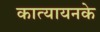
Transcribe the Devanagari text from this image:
कात्यायनके